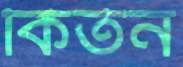
কির্তন